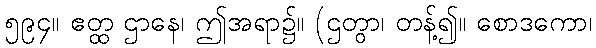
၅၉၄။ ဧတ္ထ ဌာနေ၊ ဤအရာ၌။ (ဌတွာ၊ တန့်၍။ စောဒကော၊